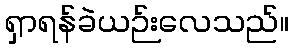
ရှာရန်ခဲယဉ်းလေသည်။